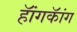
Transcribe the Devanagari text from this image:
हॅांगकॅांग